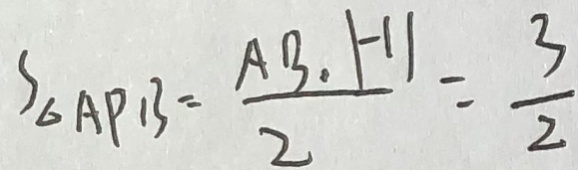
S _ { \Delta A P B } = \frac { A B , \vert - 1 \vert } { 2 } = \frac { 3 } { 2 }